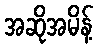
အဆိုအမိန့်